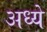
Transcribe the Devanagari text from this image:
अध्ये